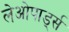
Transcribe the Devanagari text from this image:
लेओपार्ड्स